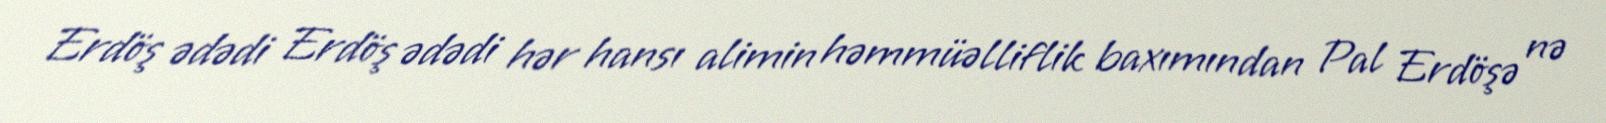
Erdöş ədədi Erdöş ədədi hər hansı alimin həmmüəlliflik baxımından Pal Erdöşə nə